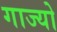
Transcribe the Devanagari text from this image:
गाज्यो